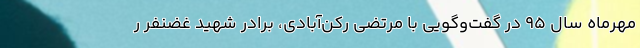
مهرماه سال 95 در گفت‌وگویی با مرتضی رکن‌آبادی، برادر شهید غضنفر ر